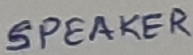
Text: SPEAKER